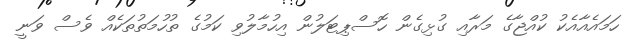
ހަމައެއާއެކު ކުއްޖާގެ މަރާއި ގުޅިގެން ހޮސްޕިޓަލުން އިހުމާލުވި ކަމުގެ ތުހުމަތުތަކެއް ވެސް ވަނީ